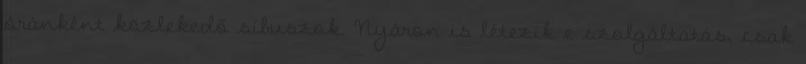
óránként közlekedő síbuszok. Nyáron is létezik e szolgáltatás, csak